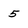
Character: 5